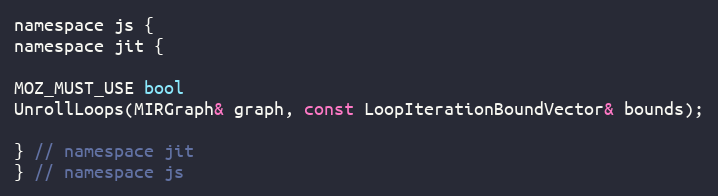
Language: C
namespace js {
namespace jit {

MOZ_MUST_USE bool
UnrollLoops(MIRGraph& graph, const LoopIterationBoundVector& bounds);

} // namespace jit
} // namespace js